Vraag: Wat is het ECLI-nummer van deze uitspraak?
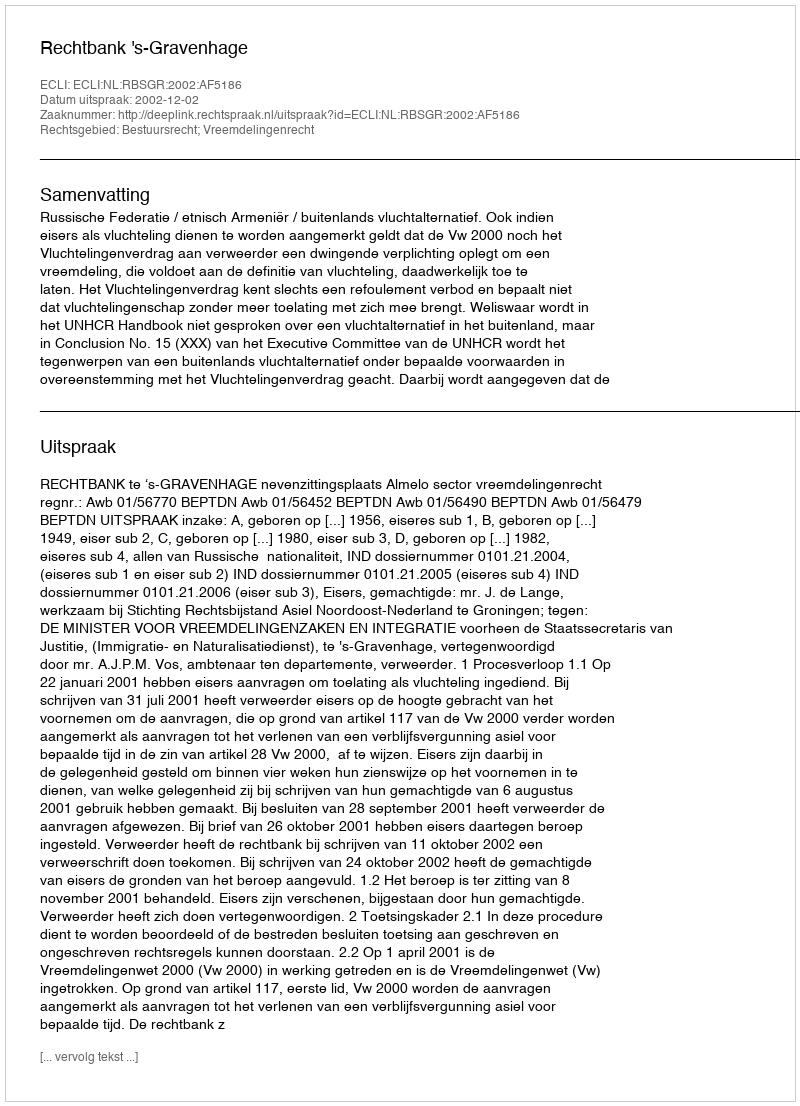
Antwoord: ECLI:NL:RBSGR:2002:AF5186